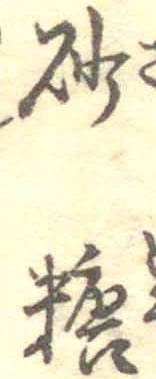
砂糖